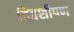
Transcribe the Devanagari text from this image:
दिवशीपण